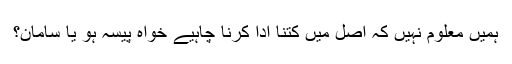
ہمیں معلوم نہیں کہ اصل میں کتنا ادا کرنا چاہیے خواہ پیسہ ہو یا سامان؟